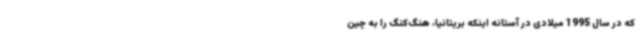
که در سال 1995 میلادی در آستانه اینکه بریتانیا، هنگ‌کنگ را به چین